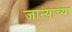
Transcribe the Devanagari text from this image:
जान्याच्या